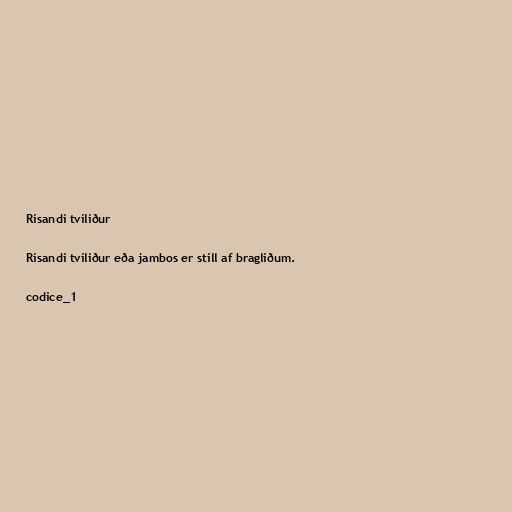
Rísandi tvíliður

Rísandi tvíliður eða jambos er stíll af bragliðum.

codice_1